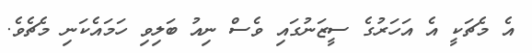
އެ މެޗަކީ އެ އަހަރުގެ ސީޒަނުގައި ވެސް ނިއު ބަލިވި ހަމައެކަނި މެޗެވެ.